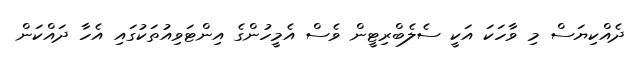
ދެއްކިޔަސް މި ވާހަކަ އަކީ ސެލެބްރިޓީން ވެސް އެމީހުންގެ އިންޓަވިއުތަކުގައި އެހާ ދައްކަން